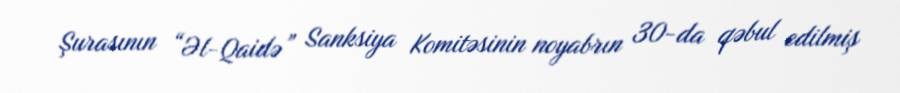
Şurasının “Əl-Qaidə” Sanksiya Komitəsinin noyabrın 30-da qəbul edilmiş